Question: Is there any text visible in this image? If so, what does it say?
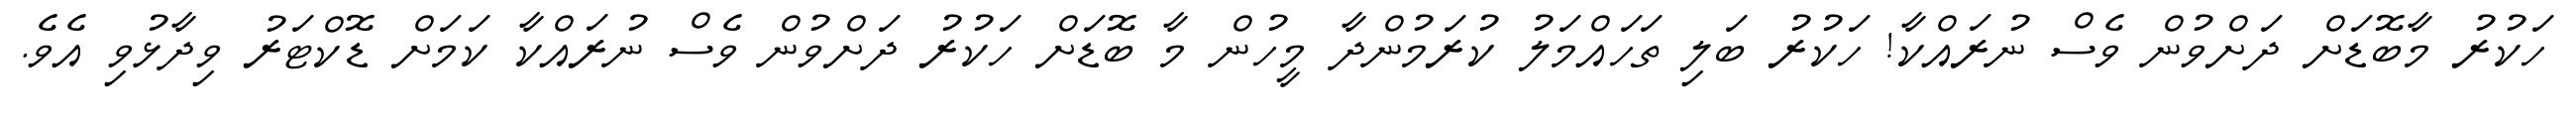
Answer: ހަކުރު މާބޮޑަށް ދަށްވުން ވެސް ނުރައްކާ! ހަކުރު ބަލި ތަހައްމަލު ކުރަމުންދާ މީހުން މާ ބޮޑަށް ހަކުރު ދަށްވުން ވެސް ނުރައްކާ ކަމަށް ޑޮކްޓަރު ވިދާޅުވި އެވެ.